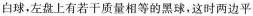
白球，左盘上有若干质量相等的黑球，这时两边平